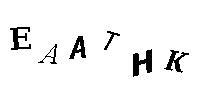
EAATHK